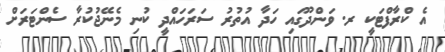
އެ ކްރާފްޓަކީ ރ. ވަންދޫގައި ހަދާ އުތުރު ސަރަހައްދީ ކުނި މެނޭޖުކުރާ ސެންޓަރަށް